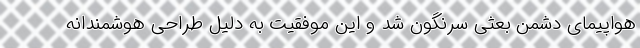
هواپیمای دشمن بعثی سرنگون شد و این موفقیت به دلیل طراحی هوشمندانه